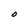
Character: O